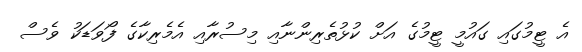
އެ ޓީމުގައި ގައުމީ ޓީމުގެ އަށް ކުޅުތެރިންނާއި މިސުރާއި އެމެރިކާގެ ފޯވަޑަކު ވެސް